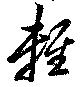
輕